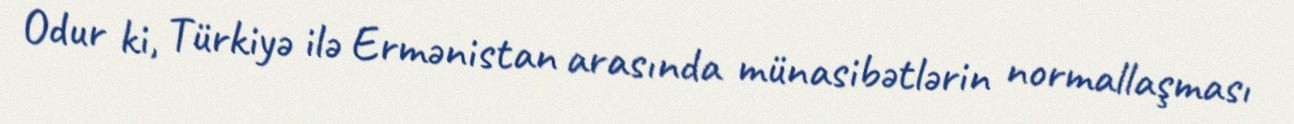
Odur ki, Türkiyə ilə Ermənistan arasında münasibətlərin normallaşması